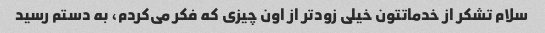
سلام تشکر از خدماتتون خیلی زودتر از اون چیزی که فکر می‌کردم، به دستم رسید